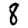
Digit: 8